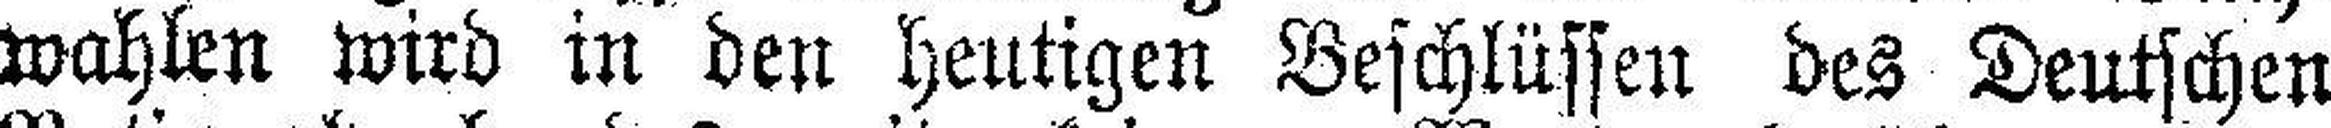
wahlen wird in den heutigen Beschlüssen des Deutschen